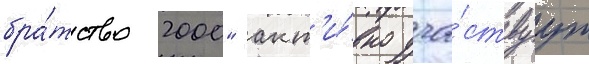
бра́тство 2000" акт'и́вно уча́ствуут